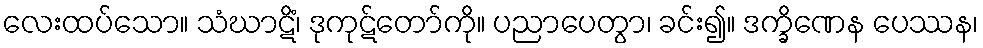
လေးထပ်သော။ သံဃာဋိံ၊ ဒုကုဋ်တော်ကို။ ပညာပေတွာ၊ ခင်း၍။ ဒက္ခိဏေန ပေဿန၊